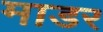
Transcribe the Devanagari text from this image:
माडर